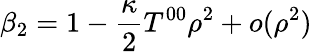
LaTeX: \beta_{2}=1-{\frac{\kappa}{2}}T^{00}\rho^{2}+o(\rho^{2})